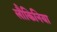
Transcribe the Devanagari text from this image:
लौकिनिया